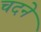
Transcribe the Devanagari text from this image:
चदने